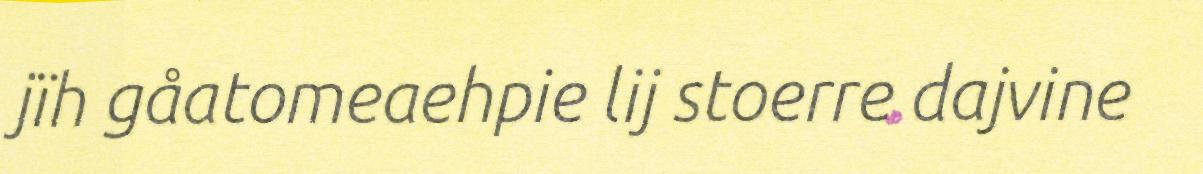
jïh gåatomeaehpie lij stoerre dajvine